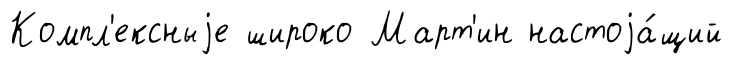
Компл'ексныjе широко Март'ин настоjа́щий